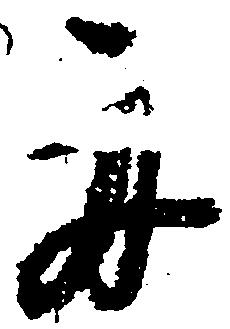
舟